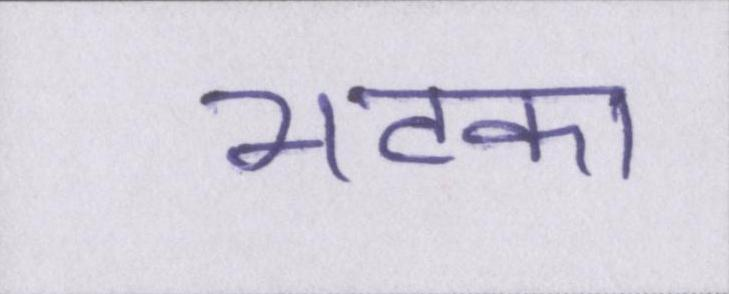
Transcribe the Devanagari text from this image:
भटका